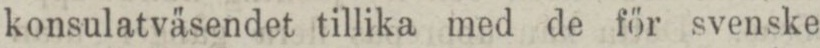
konsulatväsendet tillika med de för svenske